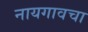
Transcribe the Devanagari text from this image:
नायगावचा